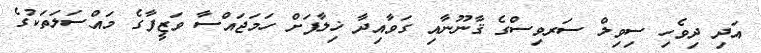
އަދި ދިވެހި ސިވިލް ސަރވިސްގެ ޤާނޫނާއި ގަވާއިދާ ޚިލާފަށް ހަމަޖައްސާ ވަޒީފާގެ މައްސަލަތަކުގެ